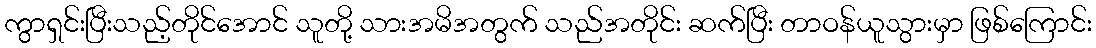
ကွာရှင်းပြီးသည့်တိုင်အောင် သူတို့ သားအမိအတွက် သည်အတိုင်း ဆက်ပြီး တာဝန်ယူသွားမှာ ဖြစ်ကြောင်း